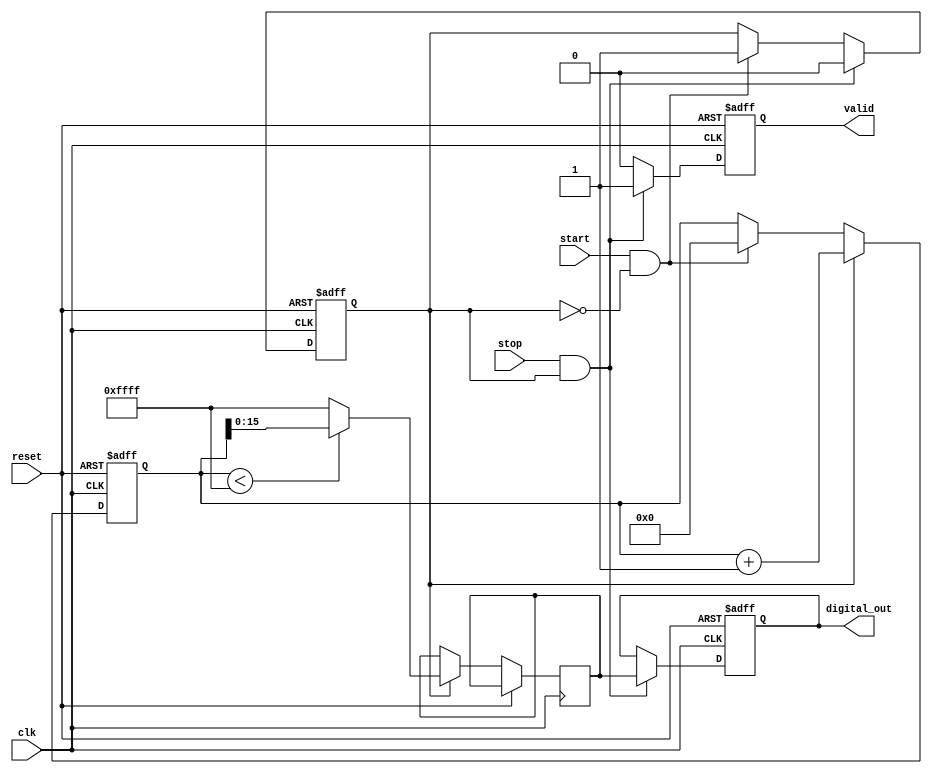
module TDC (
    input wire clk,                // High-frequency clock
    input wire start,              // Start signal (rising edge)
    input wire stop,               // Stop signal (falling edge)
    input wire reset,              // Reset signal
    output reg [15:0] digital_out, // Output digital value from ADC
    output reg valid               // Indicates valid output
);

    // Parameters
    parameter ADC_RESOLUTION = 16; // ADC resolution (bits)
    parameter MAX_COUNT = 65535;    // Maximum count for ADC (2^ADC_RESOLUTION - 1)

    // Internal signals
    reg [15:0] voltage;             // Voltage representation (simulated)
    reg charging;                   // Charging state
    reg [31:0] time_counter;        // Time counter for measuring duration

    // Memory block to store digital values
    reg [15:0] memory [0:255];      // Memory for storing up to 256 measurements
    integer mem_index;              // Memory index for storing values

    // Control Logic
    always @(posedge clk or posedge reset) begin
        if (reset) begin
            charging <= 0;
            time_counter <= 0;
            digital_out <= 0;
            valid <= 0;
            mem_index <= 0;
        end else begin
            if (start && !charging) begin
                // Start charging the capacitor
                charging <= 1;
                time_counter <= 0; // Reset time counter
            end

            if (charging) begin
                // Increment time counter while charging
                time_counter <= time_counter + 1;

                // Simulate capacitor charging (simple linear model)
                if (time_counter < MAX_COUNT) begin
                    voltage <= time_counter[15:0]; // Simulate voltage proportional to time
                end else begin
                    voltage <= MAX_COUNT; // Cap at max voltage
                end
            end

            if (stop && charging) begin
                // Stop charging and convert voltage to digital value
                charging <= 0;
                digital_out <= voltage; // Simulate ADC conversion
                valid <= 1; // Indicate valid output

                // Store the digital value in memory
                if (mem_index < 256) begin
                    memory[mem_index] <= digital_out;
                    mem_index <= mem_index + 1;
                end
            end else begin
                valid <= 0; // Reset valid signal if not in stop state
            end
        end
    end

endmodule